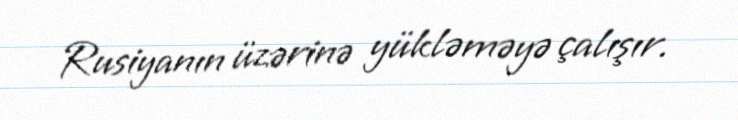
Rusiyanın üzərinə yükləməyə çalışır.